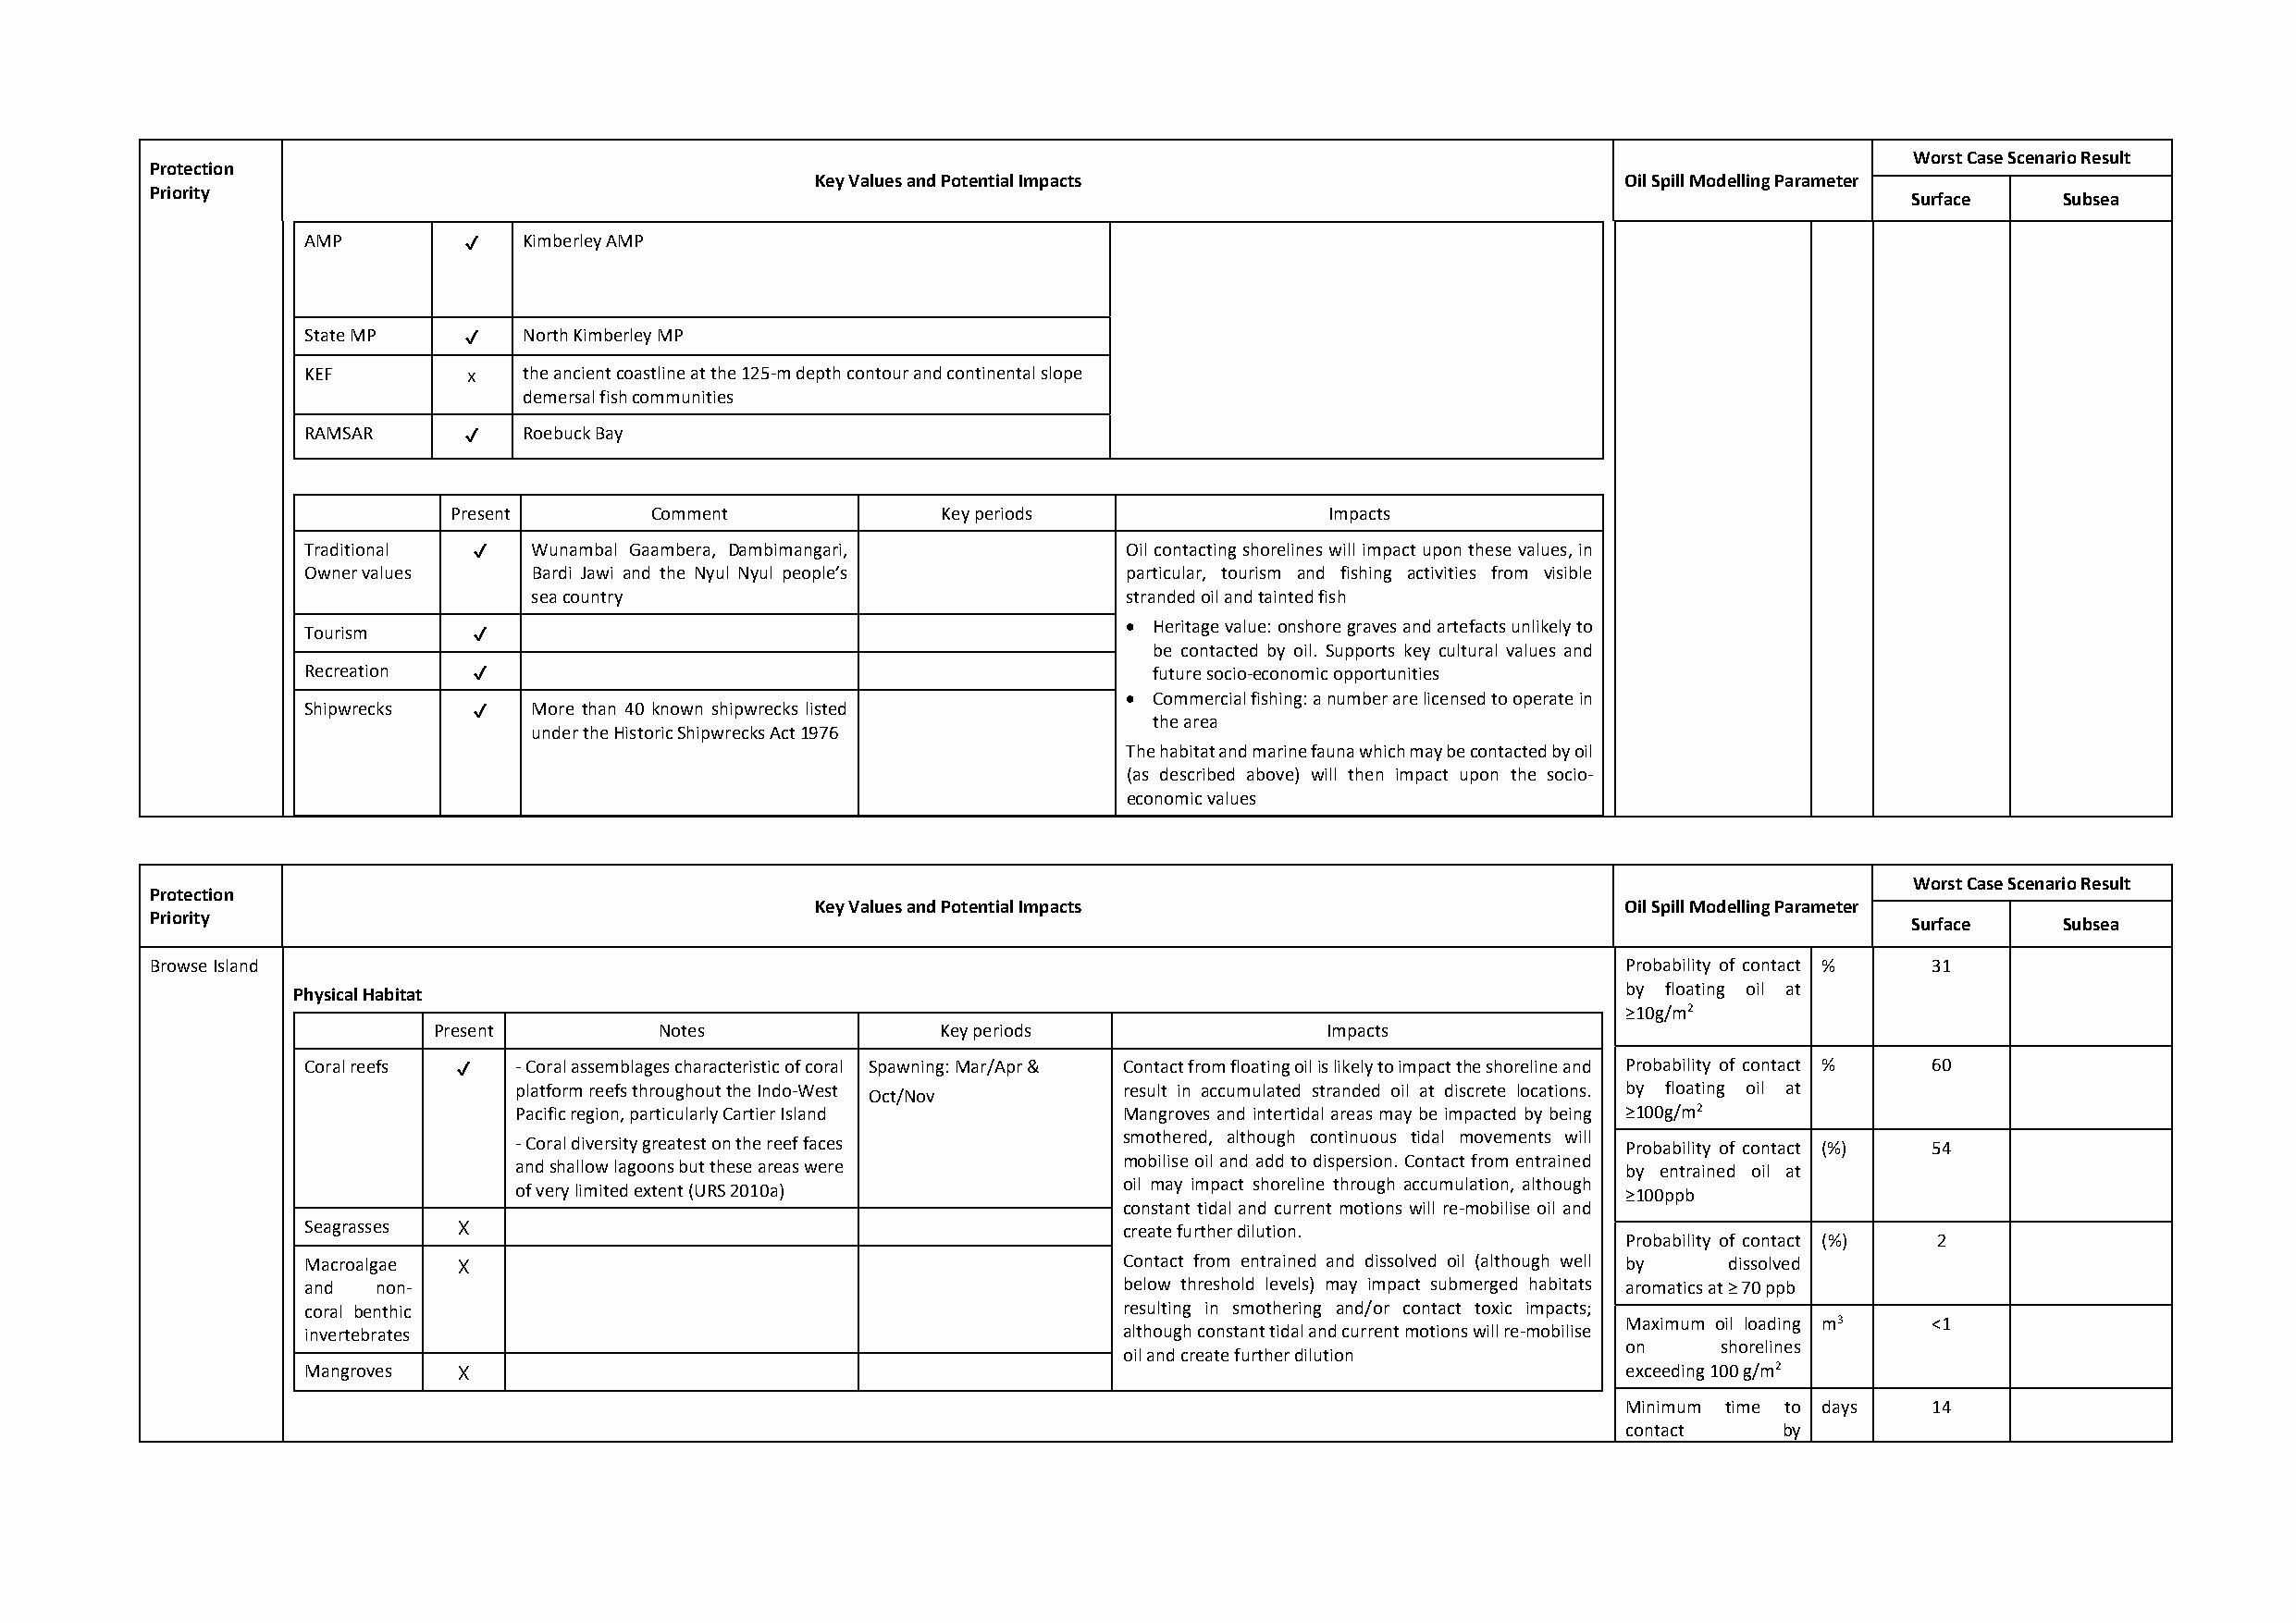
Worst Case Scenario Result
 Protection
 Key Values and Potential Impacts                          Oil Spill Modelling Parameter
 Priority
 Surface    Subsea
 AMP        ✔  Kimberley AMP
 State MP   ✔   North Kimberley MP
 KEF        x   the ancient coastline at the 125‐m depth contour and continental slope
 demersal fish communities
 RAMSAR     ✔   Roebuck Bay
 Present        Comment             Key periods                 Impacts
 Traditional ✔  Wunambal Gaambera, Dambimangari,           Oil contacting shorelines will impact upon these values, in
 Owner values    Bardi Jawi and the Nyul Nyul people’s      particular, tourism and fishing activities from visible
 sea country                                stranded oil and tainted fish
 Tourism     ✔
  Heritage value: onshore graves and artefacts unlikely to
 be contacted by oil. Supports key cultural values and
 Recreation  ✔                                               future socio‐economic opportunities
  Commercial fishing: a number are licensed to operate in
 Shipwrecks  ✔   More than 40 known shipwrecks listed
 the area
 under the Historic Shipwrecks Act 1976
 The habitat and marine fauna which may be contacted by oil
 (as described above) will then impact upon the socio‐
 economic values
 Worst Case Scenario Result
 Protection
 Key Values and Potential Impacts                          Oil Spill Modelling Parameter
 Priority
 Surface    Subsea
 Browse Island                                                                                            Probability of contact % 31
 by floating oil at
 Physical Habitat
 ≥10g/m2
 Present         Notes               Key periods                 Impacts
 Coral reefs ✔ ‐ Coral assemblages characteristic of coral Spawning: Mar/Apr & Contact from floating oil is likely to impact the shoreline and Probability of contact % 60
 platform reefs throughout the Indo‐West    result in accumulated stranded oil at discrete locations. by floating oil at
 Oct/Nov
 Pacific region, particularly Cartier Island Mangroves and intertidal areas may be impacted by being ≥100g/m2
 ‐ Coral diversity greatest on the reef faces smothered, although continuous tidal movements will Probability of contact (%) 54
 and shallow lagoons but these areas were   mobilise oil and add to dispersion. Contact from entrained by entrained oil at
 oil may impact shoreline through accumulation, although
 of very limited extent (URS 2010a)                                             ≥100ppb
 constant tidal and current motions will re‐mobilise oil and
 Seagrasses X                                              create further dilution.
 Probability of contact (%) 2
 Macroalgae X                                              Contact from entrained and dissolved oil (although well by dissolved
 and  non‐                                                 below threshold levels) may impact submerged habitats aromatics at ≥ 70 ppb
 coral benthic                                             resulting in smothering and/or contact toxic impacts;
 Maximum oil loading m3 <1
 invertebrates                                             although constant tidal and current motions will re‐mobilise
 on     shorelines
 oil and create further dilution
 Mangroves  X                                                                                  exceeding 100 g/m2
 Minimum time to days  14
 contact     by